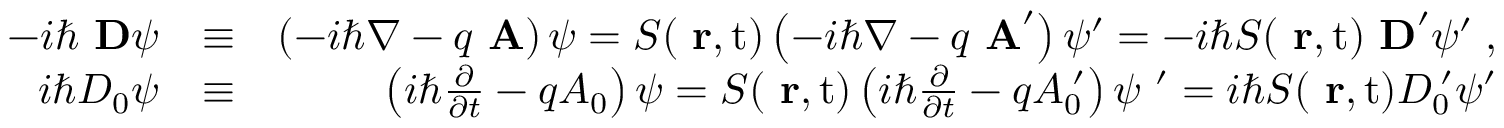
\begin{array} { r l r } { - i \hbar \mathrm { \bf ~ D } \psi } & { \equiv } & { \left( - i \hbar \nabla - q \mathrm { \bf ~ A } \right) \psi = S ( \mathrm { { \bf ~ r } , t } ) \left( - i \hbar \nabla - q \mathrm { \bf ~ A } ^ { \prime } \right) \psi ^ { \prime } = - i \hbar S ( \mathrm { { \bf ~ r } , t } ) \mathrm { \bf ~ D } ^ { \prime } \psi ^ { \prime } \; , } \\ { i \hbar D _ { 0 } \psi } & { \equiv } & { \left( i \hbar \frac { \partial } { \partial t } - q A _ { 0 } \right) \psi = S ( \mathrm { { \bf ~ r } , t } ) \left( i \hbar \frac { \partial } { \partial t } - q A _ { 0 } ^ { \; \prime } \right) \psi \ ^ { \prime } = i \hbar S ( \mathrm { { \bf ~ r } , t } ) D _ { 0 } ^ { \; \prime } \psi ^ { \prime } } \end{array}